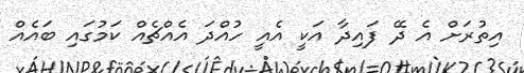
އިތުރަށް އެ ދޭ ފައިދާ އަކީ އެއީ ހުއްދަ އެއްޗެއް ކަމުގައި ބައެއް